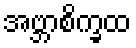
အဗ္ဘာစိက္ခထ